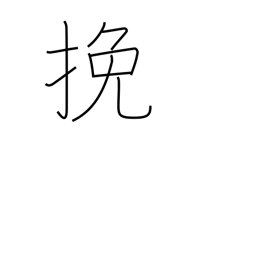
Meaning: saw